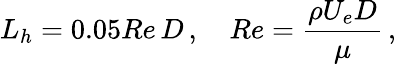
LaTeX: L_{h}=0.05Re\, D\, ,\quad Re=\frac{\rho U_{e}D}{\mu}\, ,